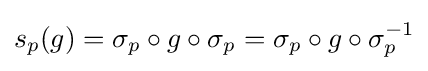
s_{p}(g)=\sigma _{p}\circ g\circ \sigma _{p}=\sigma _{p}\circ g\circ \sigma _{p}^{-1}